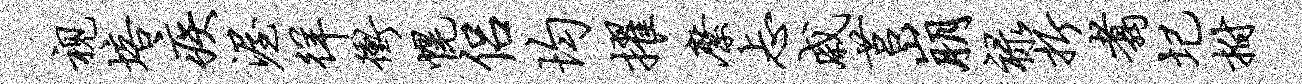
视培疾渥徉冲幌侣均擢縻忐戚莒崩禄折翥圮拊